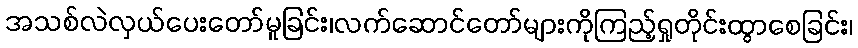
အသစ်လဲလှယ်ပေးတော်မူခြင်း၊လက်ဆောင်တော်များကိုကြည့်ရှုတိုင်းထွာစေခြင်း၊